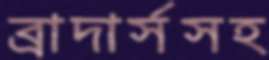
ব্রাদার্সসহ